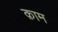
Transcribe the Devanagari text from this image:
क़ाम